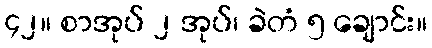
၄၂။ စာအုပ် ၂ အုပ်၊ ခဲတံ ၅ ချောင်း။